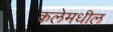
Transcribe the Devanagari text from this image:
कलेमधील